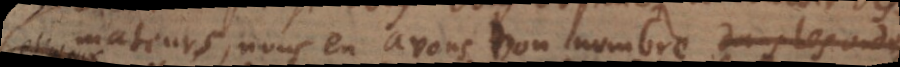
reformateurs, nous en avons bon nombre mais il